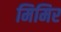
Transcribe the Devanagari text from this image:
मिमिर